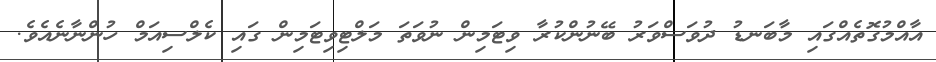
އާއްމުގޮތެއްގައި މާބަނޑު ދުވަސްވަރު ބޭނުންކުރާ ވިޓަމިން ނުވަތަ މަލްޓިވިޓަމިން ގައި ކެލްސިއަމް ހުންނާނެއެވެ.